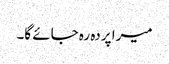
میرا پردہ رہ جائے گا۔